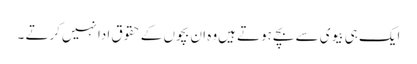
ایک ہی بیوی سے بچے ہوتے ہیں‌وہ ان بچوں کے حقوق ادا نہیں‌کرتے ۔